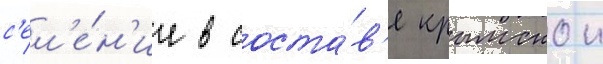
с'ел'е́н'ие в соста́в'е крымскои